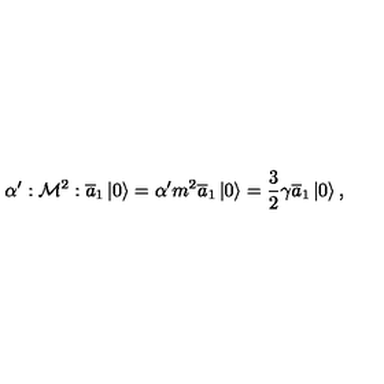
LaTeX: \alpha ^ { \prime } : { \cal M } ^ { 2 } : \overline { { a } } _ { 1 } \left| 0 \right\rangle = \alpha ^ { \prime } { \sl m } ^ { 2 } \overline { { a } } _ { 1 } \left| 0 \right\rangle = \frac 3 2 \gamma \overline { { a } } _ { 1 } \left| 0 \right\rangle ,